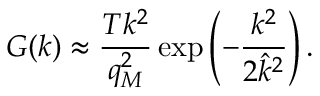
G ( k ) \approx \frac { T k ^ { 2 } } { q _ { M } ^ { 2 } } \exp \left( - \frac { k ^ { 2 } } { 2 \hat { k } ^ { 2 } } \right) .